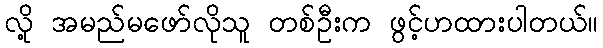
လို့ အမည်မဖော်လိုသူ တစ်ဦးက ဖွင့်ဟထားပါတယ်။